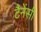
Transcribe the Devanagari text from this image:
टैनेंसी